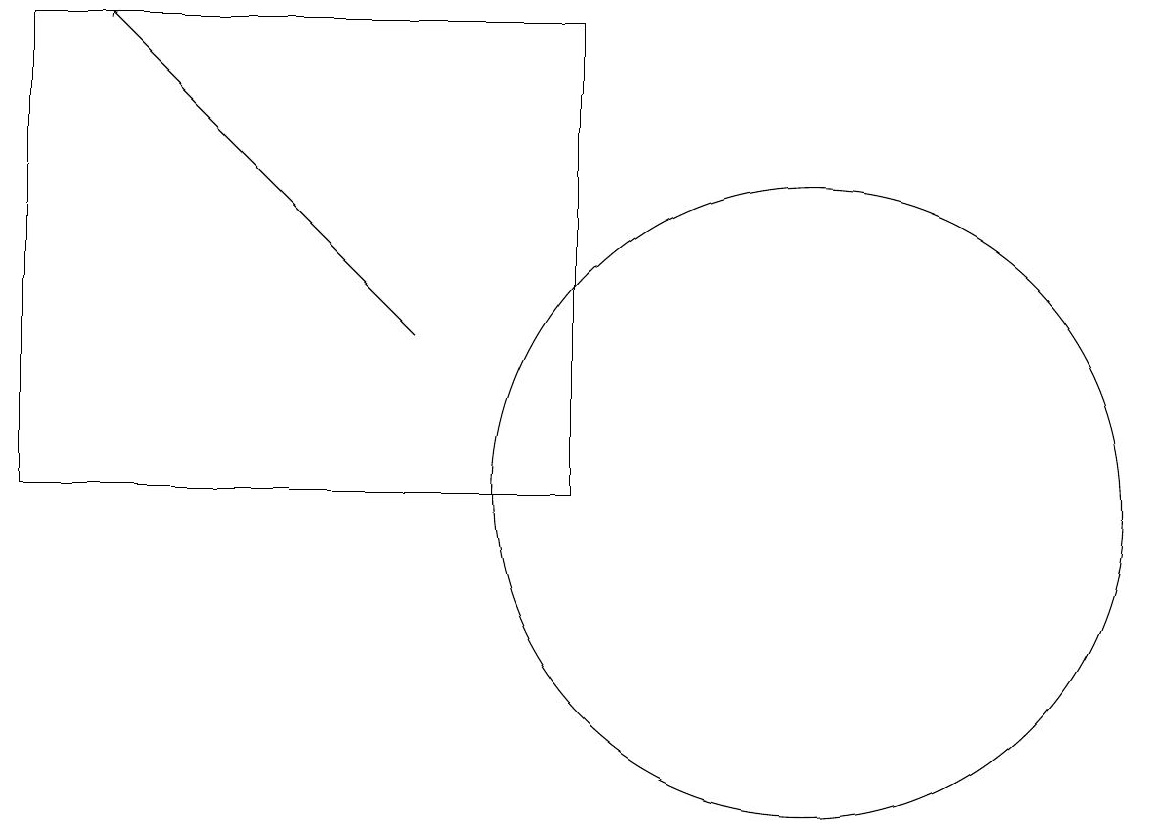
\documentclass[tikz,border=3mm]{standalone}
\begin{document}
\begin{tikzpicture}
\draw (11,12) circle (4);
\draw (8,18) rectangle (1,12);
\draw[->] (6,14) -- (2,18);
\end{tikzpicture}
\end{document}